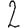
Digit: 2